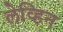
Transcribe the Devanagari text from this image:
लेव्हिन